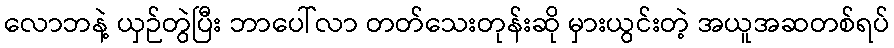
လောဘနဲ့ ယှဉ်တွဲပြီး ဘာပေါ်လာ တတ်သေးတုန်းဆို မှားယွင်းတဲ့ အယူအဆတစ်ရပ်